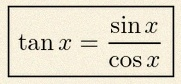
\tan x=\frac{\sin x}{\cos x}